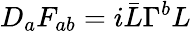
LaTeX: D_{a}F_{ab}=i\bar{L}\Gamma^{b}L